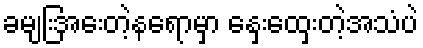
ခမျြးအေးတဲ့နရောမှာ နှေးထှေးတဲ့အသံပဲ